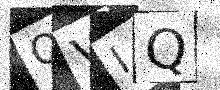
Text: OVIQ